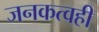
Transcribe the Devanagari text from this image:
जनकत्वही